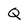
Character: Q